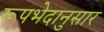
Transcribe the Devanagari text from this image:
रूपभेदानुसार